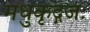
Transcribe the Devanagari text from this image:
मधुकृद्गजः